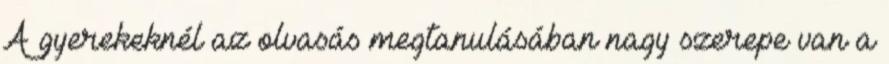
A gyerekeknél az olvasás megtanulásában nagy szerepe van a